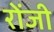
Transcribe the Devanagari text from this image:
रोंजी